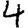
Digit: 4